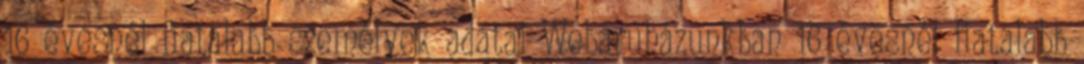
16 évesnél fiatalabb személyek adatai Webáruházunkban 16 évesnél fiatalabb